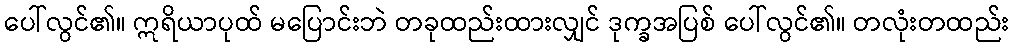
ပေါ်လွင်၏။ ဣရိယာပုထ် မပြောင်းဘဲ တခုထည်းထားလျှင် ဒုက္ခအပြစ် ပေါ်လွင်၏။ တလုံးတထည်း